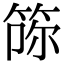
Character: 𥭫